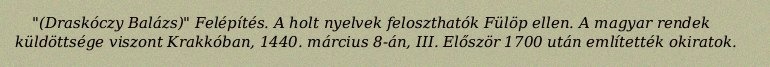
"(Draskóczy Balázs)" Felépítés. A holt nyelvek feloszthatók Fülöp ellen. A magyar rendek küldöttsége viszont Krakkóban, 1440. március 8-án, III. Először 1700 után említették okiratok.